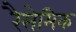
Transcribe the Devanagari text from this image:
रैसेमिक